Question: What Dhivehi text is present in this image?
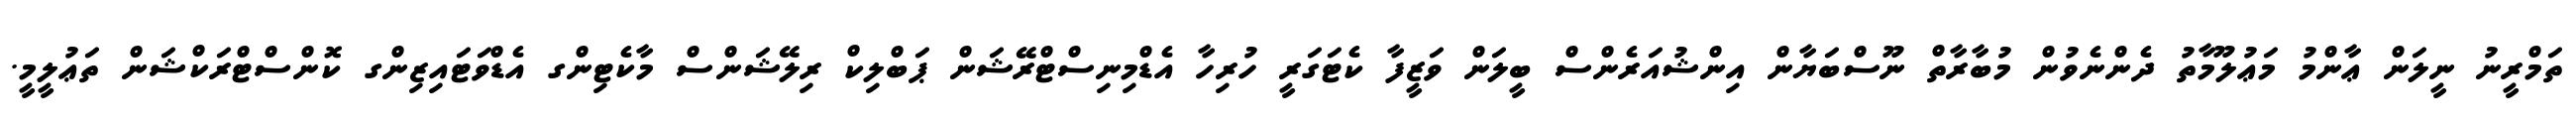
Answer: ތަމްރީނު ނީލަން ޢާންމު މަޢުލޫމާތު ދެންނެވުން މުބާރާތް ނޫސްބަޔާން އިންޝުއަރެންސް ބީލަން ވަޒީފާ ކެޓަގަރީ ހުރިހާ އެޑްމިނިސްޓްރޭޝަން ޕަބްލިކް ރިލޭޝަންސް މާކެޓިންގ އެޑްވަޓައިޒިންގ ކޮންސްޓްރަކްޝަން ތަޢުލީމީ.